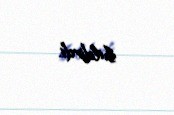
bildirdi.